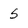
Character: 5